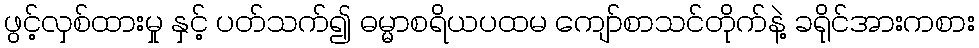
ဖွင့်လှစ်ထားမှု နှင့် ပတ်သက်၍ ဓမ္မာစရိယပထမ ကျော်စာသင်တိုက်နဲ့ ခရိုင်အားကစား